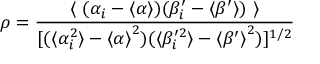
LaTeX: \rho = \frac { \langle ~ ( \alpha _ { i } - \langle \alpha \rangle ) ( \beta _ { i } ^ { \prime } - \langle \beta ^ { \prime } \rangle ) ~ \rangle } { [ ( \langle \alpha _ { i } ^ { 2 } \rangle - { \langle \alpha \rangle } ^ { 2 } ) ( \langle \beta _ { i } ^ { \prime 2 } \rangle - { \langle \beta ^ { \prime } \rangle } ^ { 2 } ) ] ^ { 1 / 2 } }